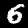
Label: 6